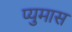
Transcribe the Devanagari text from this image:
प्युमास